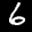
Label: 6